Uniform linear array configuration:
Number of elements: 12
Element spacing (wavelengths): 1
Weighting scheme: hamming
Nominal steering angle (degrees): -45
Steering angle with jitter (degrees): -44.769
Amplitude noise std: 0.05
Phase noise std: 0.05

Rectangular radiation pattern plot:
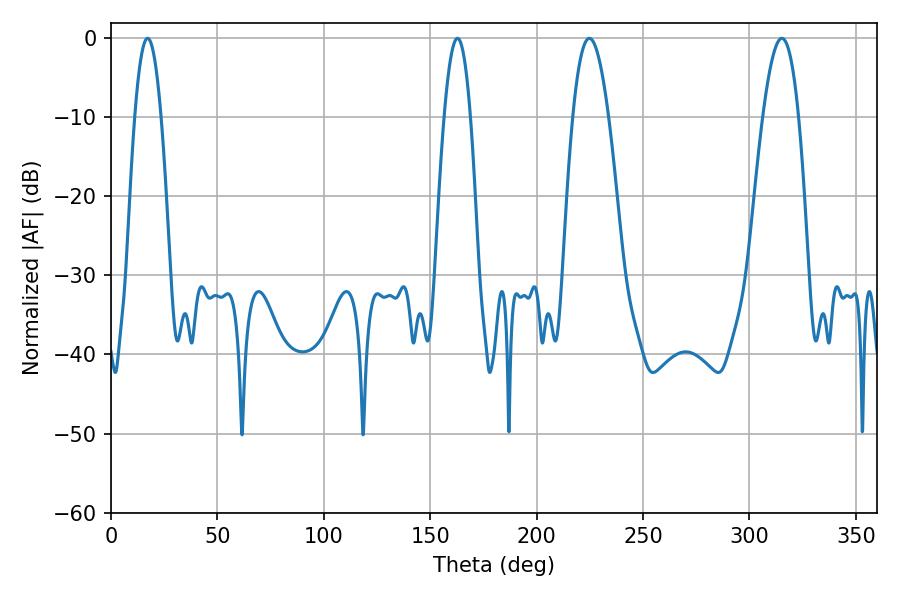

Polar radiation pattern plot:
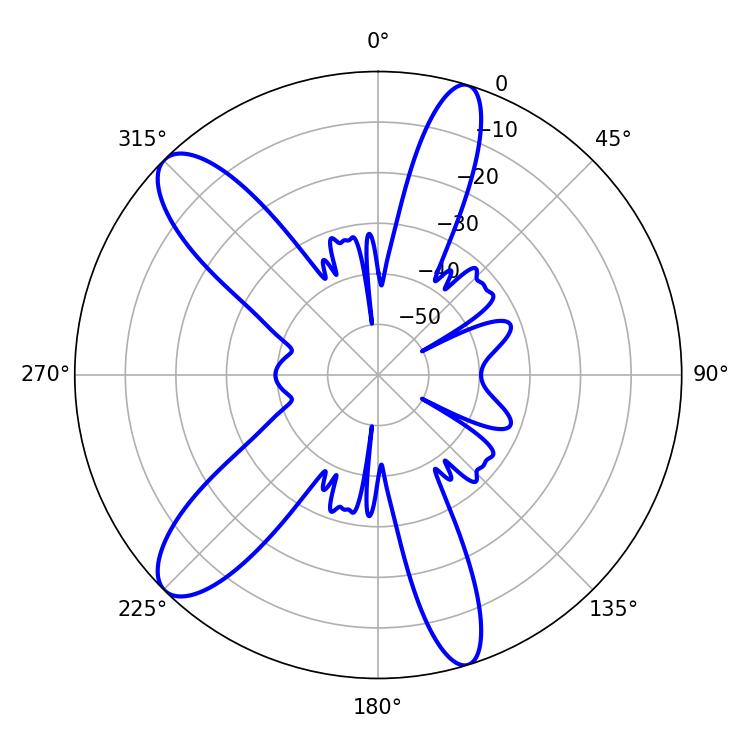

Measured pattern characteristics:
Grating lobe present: TRUE
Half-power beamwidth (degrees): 9.18
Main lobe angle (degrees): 224.82